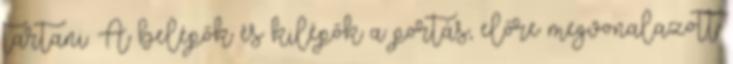
tartani. A belépők és kilépők a portás, előre megvonalazott